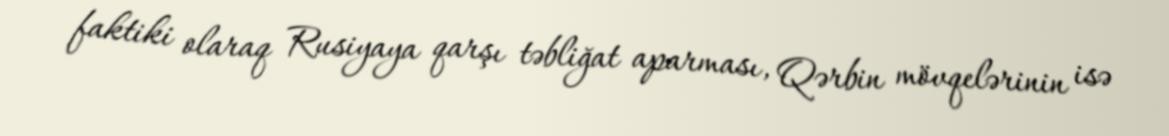
faktiki olaraq Rusiyaya qarşı təbliğat aparması, Qərbin mövqelərinin isə